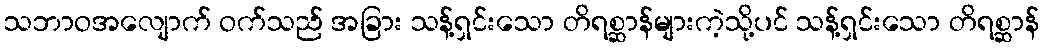
သဘာဝအလျောက် ဝက်သည် အခြား သန့်ရှင်းသော တိရစ္ဆာန်များကဲ့သို့ပင် သန့်ရှင်းသော တိရစ္ဆာန်